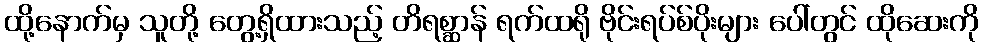
ထို့နောက်မှ သူတို့ တွေ့ရှိထားသည့် တိရစ္ဆာန် ရက်ထရို ဗိုင်းရပ်စ်ပိုးများ ပေါ်တွင် ထိုဆေးကို